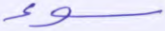
سوء